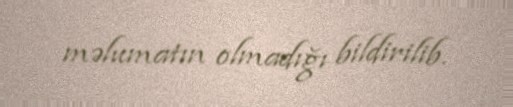
məlumatın olmadığı bildirilib.